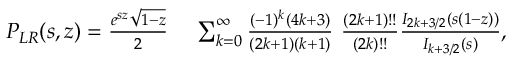
\begin{array} { r l } { { \cal P } _ { L R } ( s , z ) = \frac { e ^ { s z } \sqrt { 1 - z } } { 2 } \, } & { { } \sum _ { k = 0 } ^ { \infty } \frac { ( - 1 ) ^ { k } ( 4 k + 3 ) } { ( 2 k + 1 ) ( k + 1 ) } ~ \frac { ( 2 k + 1 ) ! ! } { ( 2 k ) ! ! } \frac { I _ { 2 k + 3 / 2 } ( s ( 1 - z ) ) } { I _ { k + 3 / 2 } ( s ) } , } \end{array}